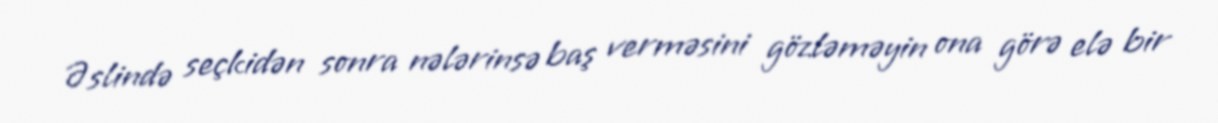
Əslində seçkidən sonra nələrinsə baş verməsini gözləməyin ona görə elə bir